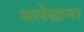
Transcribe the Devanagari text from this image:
सलेखना